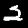
Label: 2